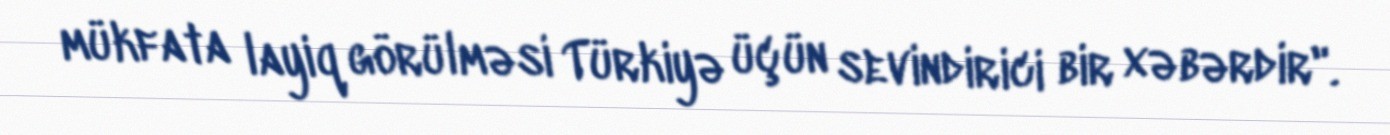
mükfata layiq görülməsi Türkiyə üçün sevindirici bir xəbərdir".